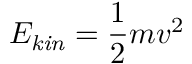
E _ { \mathit { k i n } } = { \frac { 1 } { 2 } } m v ^ { 2 }